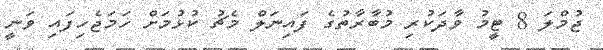
ޖުމްލަ 8 ޓީމު ވާދަކުރި މުބާރާތުގެ ފައިނަލް މެޗު ކުޅުމަށް ހަމަޖެހިފައި ވަނީ